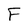
Character: F